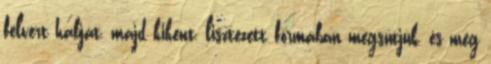
felvert habját, majd kikent, lisztezett formában megsütjük, és még